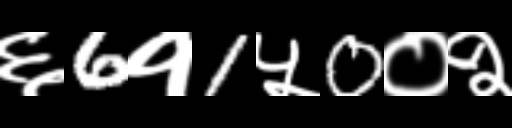
Text: ६6१1५0०२